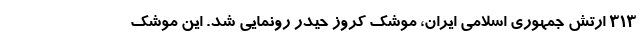
313 ارتش جمهوری اسلامی ایران، موشک کروز حیدر رونمایی شد. این موشک